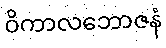
ဝိကာလဘောဇနံ